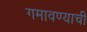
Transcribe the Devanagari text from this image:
गमावण्याची